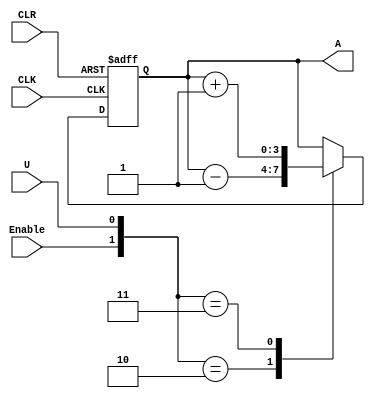
`timescale 1ns / 1ps
//////////////////////////////////////////////////////////////////////////////////
// Company: 
// Engineer: 
// 
// Design Name: 
// Module Name: Counter
// Project Name: 
// Target Devices: 
// Tool Versions: 
// Description: 
// 
// Dependencies: 
// 
// Revision:
// Revision 0.01 - File Created
// Additional Comments:
// 
//////////////////////////////////////////////////////////////////////////////////


module Counter(
    input U,
    input CLK,
    input CLR,
    input Enable,
    output reg [3:0] A
    );
    initial A <= 0;
    always @(posedge CLK or negedge CLR) begin
        if(CLR == 0) A <= 4'b0000;
        else
        case({Enable, U})
            2'b10: A <= A - 1;
            2'b11: A <= A + 1;
        endcase
    end
endmodule